Medical and sanitary report of the native army of Bengal for the year
Year: 1874
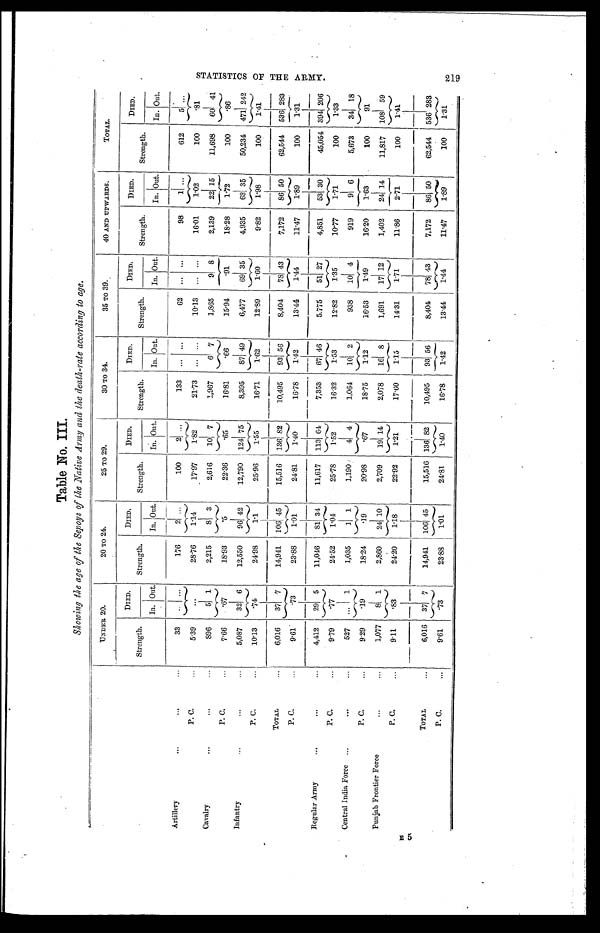
Table No, III.
Showing the age of the &pop of the Native Army and the death-rate according to age.
UNDER 20.
20 TO 24.
25 TO 29.
30 TO 34.
35 TO 39.
40 AND UPWARDS.
TOTAL.
Strength.
DIED.
Strength.
DIED.
Strength.
DIED.
Strength.
DIED.
Strength.
DIED.
Strength.
DIED.
Strength.
DIED.
In. Out.
In Out.
In. Out.
In. Out.
In. Out.
In. Out.
In. Out.
Artillery
33
. .
. .
176
2 ...
100
2
. .
133
. .
. .
62 ...
. . .
98
1 ...
612
5 ...
P. C.
5.3
. . .
28.76
1.14
17.97
1.82
21.73
. . .
. . .
10.13
. . . . . .
16.01
1.02
100
.81
Cavalry
896
5
1
2,215
8 3
2,616
10 7
1,967
6 7
1,865
9 8
2,139
22 15
11,698
60 41
P. C.
7.66
. 6 7
18.93
.5
22.36
. 6 5
16.81
. 6 6
15.94
.91
18.28
1.72
100
. 8 6
Infantry
5,087
32 6
12,550
96 42
12,790 124
7 5
8,395
87
4 9
6,477
6 9
3 5
4,935
63
3 5
50,234 471 242
P. C.
10.13
. 7 4
24.98
1.1
25.96
1.55
16.71
1.62
12.89
1.60
9.82
1.98
100
1.41
TOTAL
6,016
37 7
14,941 106 45
15,516 136 82
10,495
93 56
8,404
78 43
7,172
86 50
62,544 536 283
P. C.
9.61
. 7 3
23.88
1 . 0 1
24.81
1 . 4 0
16.78
1 . 4 2
13.44
1 . 4 4
11.47
1 . 8 9
100
1.31
Regular Army
4,442
29 5
11,046
81 34 11,617 113 61
7,353
67 46
5.775
51 27
4,851
53 30
45,054 394 206
P. C.
9.79
. 7 7
24.52
1 . 0 4
25.78
1 . 5 2
16.32
1.53
12.82
1.35
10.77
1.71
100
1 . 3 3
Central India Force
527
. . . 1
1,035
1 1
1,190
4 4
1,061
10 2
938
10 4
919
9 6
5,673
34 18
P. C.
9.29
. 1 9
18.24
.19
20.98
.67
18.75
1.12
16.53
1.49
16.20
1.63
100
91
Punjab Frontier Force
1,077
8 1
2,860
24 10
2,709
19
1 4
2,078
16 8
1,691
17 12
1,402
24 14
11,817 108 59
P. C
9.11
. 8 3
24.20
1.18
22.92
1.21
17.60
1.15
14.31
1.71
11.86
2.71
100
1.41
TOTAL
6 , 0 1 6
37 7
14,941 106 45
15,516 136 82
10,495
93 56
8,401
78 43
7,172
86 50
62,544 536 283
P. C.
9.61
. 7 3
23.88
1 . 0 1
24.81
1.42
16.78
1.42
13.44
1 . 4 4
11.47
1.89
100
1.31
S T A T I S T I C S O F T H E A R M Y .
219